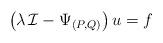
LaTeX: \begin{align*}\left(\lambda\,\mathcal{I}-\Psi_{(P,Q)}\right)u=f\end{align*}